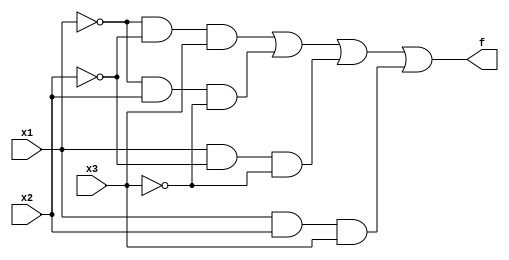
`timescale 1ns / 1ps
//////////////////////////////////////////////////////////////////////////////////
// Company: 
// Engineer: 
// 
// Design Name: 
// Module Name: Three_way light control
// Project Name: 
// Target Devices: 
// Tool Versions: 
// Description: 
// 
// Dependencies: 
// 
// Revision:
// Revision 0.01 - File Created
// Additional Comments:
// 
//////////////////////////////////////////////////////////////////////////////////
module Three_way (f,x1,x2,x3 );
output f;
input x1,x2,x3;
wire w1,w2,w3,w4,w5,w6,w7;
not(w1,x1);
not(w2,x2);
not(w3,x3);
and(w4,w1,w2,x3);
and(w5,w1,x2,w3);
and(w6,x1,w2,w3);
and(w7,x1,x2,x3);
or(f,w4,w5,w6,w7);
endmodule